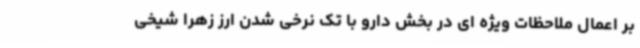
بر اعمال ملاحظات ویژه ای در بخش دارو با تک نرخی شدن ارز زهرا شیخی